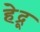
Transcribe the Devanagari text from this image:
हेद्रू